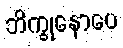
ဘိက္ခုနောပေ